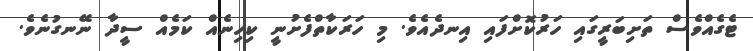
ޓެގެއްވެސް ތަށިބަރީގައި ހަރުކޮށްފައި އިނދެއެވެ. މި ހަރަކާތްފެށުނީ ކިހިނެއް ކަމެއް ސީދާ ނޭނގުނެވެ.